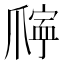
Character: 𪺖